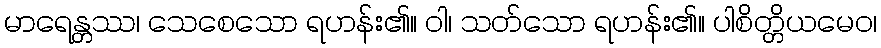
မာရေန္တဿ၊ သေစေသော ရဟန်း၏။ ဝါ၊ သတ်သော ရဟန်း၏။ ပါစိတ္တိယမေဝ၊